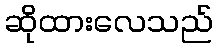
ဆိုထားလေသည်